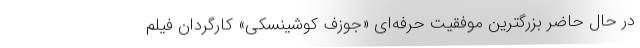
در حال حاضر بزرگترین موفقیت حرفه‌ای «جوزف کوشینسکی» کارگردان فیلم